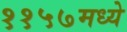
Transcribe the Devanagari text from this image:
११५७मध्ये